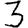
Digit: 3